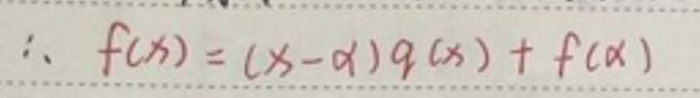
\[\therefore f(x)=(x - \alpha)q(x)+f(\alpha)\]